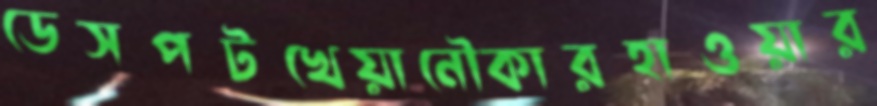
ডেসপটখেয়ানৌকারহাওয়ার